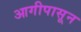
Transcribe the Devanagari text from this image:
आगीपासून